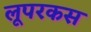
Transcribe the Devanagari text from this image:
लूपरकस